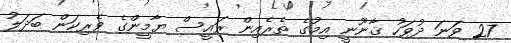
27 ވަނަ ދުވަހު ޤާނޫނީ އިމުގެ ތެރެއިން ރައީސް ޔާމީންގެ ވެރިކަން ބަދަލު